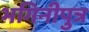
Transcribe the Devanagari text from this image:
भगिनीपुत्र